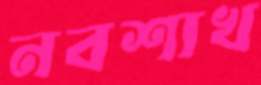
নবশাখ